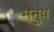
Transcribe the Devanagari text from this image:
मनुष